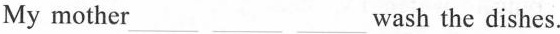
My mother___ ___ ___wash the dishes.